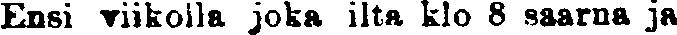
Ensi viikoila joka ilta klo 8 saarna ja